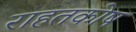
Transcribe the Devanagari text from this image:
राहतकोष